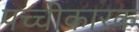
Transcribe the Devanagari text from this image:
पच्चीकारक